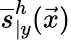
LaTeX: \overline{{s}}_{\vert y}^{h}(\vec{x})